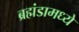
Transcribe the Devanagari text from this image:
ब्रह्मंडामध्ये